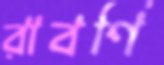
রাবণি